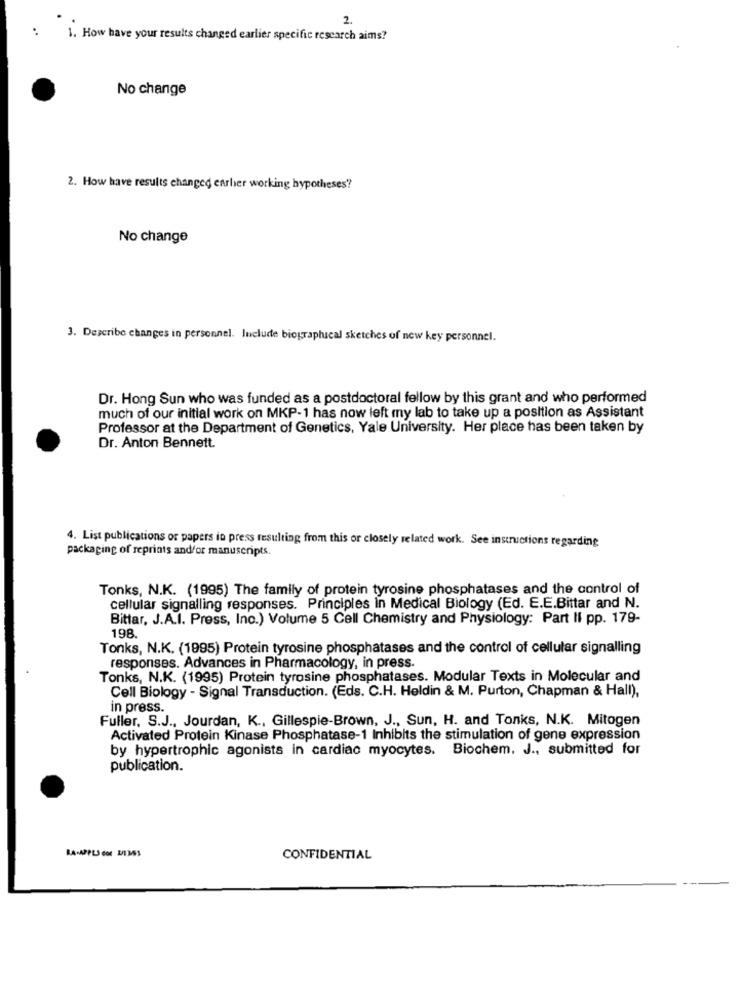
2.
1. How have your results changed earlier specific research aims?
No change
2. How have results changed enrher working hypotheses?
No change
3. Describe changes in personnel. Include biographical sketches of new key personnel.
Dr. Hong Sun who was funded as a postdoctoral fellow by this grant and who performed
much of our initial work on MKP-1 has now left my lab to take up a position as Assistant
Professor at the Department of Genetics, Yale University. Her place has been taken by
Dr. Anton Bennett.
4. List publications or papers in press resulting from this or closely related work. See instructions regarding
packaging of reprints and/or manuscripts
Tonks, N.K. (1995) The family of protein tyrosine phosphatases and the control of
cellular signalling responses. Principles in Medical Biology (Ed. E.E.Bittar and N.
Bittar, J.A.I. Press, Inc.) Volume 5 Cell Chemistry and Physiology: Part II pp. 179-
198.
Tonks, N.K. (1995) Protein tyrosine phosphatases and the control of cellular signalling
responses. Advances in Pharmacology, in press.
Tonks, N.K. (1995) Protein tyrosine phosphatases. Modular Texts in Molecular and
Cell Biology - Signal Transduction. (Eds. C.H. Heldin & M. Purton, Chapman & Hall),
in press.
Fuller, S.J ., Jourdan, K ., Gillespie-Brown, J ., Sun, H. and Tonks, N.K. Mitogen
Activated Protein Kinase Phosphatase-1 Inhibits the stimulation of gene expression
by hypertrophic agonists in cardiac myocytes.
Biochem. J ., submitted for
publication.
RA-APPLS COR DENSS
CONFIDENTIAL